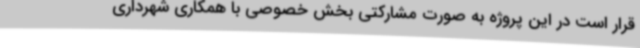
قرار است در این پروژه به صورت مشارکتی بخش خصوصی با همکاری شهرداری